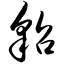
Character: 貂